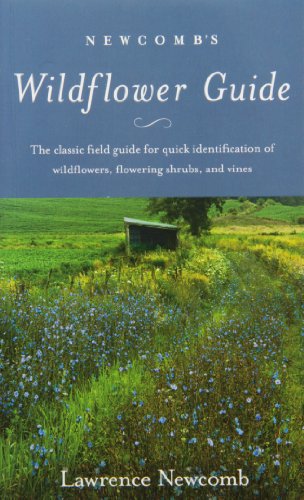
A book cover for Newcomb's Wildflower Guide; Lawrence Newcomb; Science & Math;